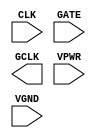
module sky130_fd_sc_hs__dlclkp (
    //# {{clocks|Clocking}}
    input  CLK ,
    input  GATE,
    output GCLK,

    //# {{power|Power}}
    input  VPWR,
    input  VGND
);
endmodule